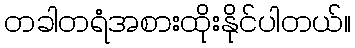
တခါတရံအစားထိုးနိုင်ပါတယ်။